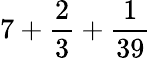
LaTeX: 7+{\frac{2}{3}}+{\frac{1}{39}}